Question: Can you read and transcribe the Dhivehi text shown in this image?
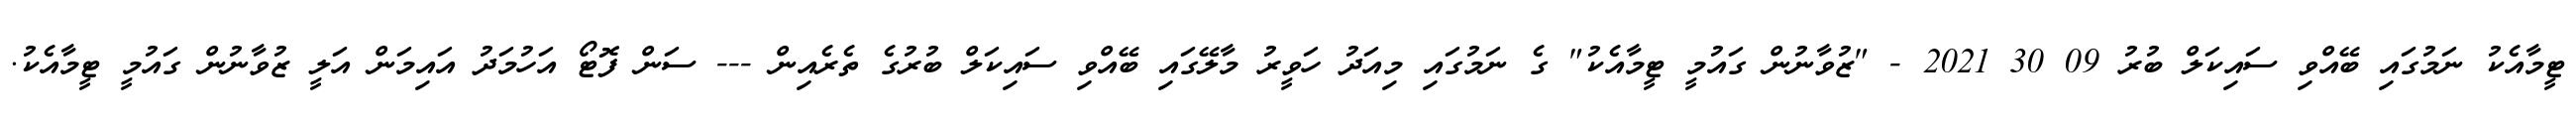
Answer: ޓީމާއެކު ނަމުގައި ބޭއްވި ސައިކަލް ބުރު 09 30 2021 - "ޒުވާނުން ގައުމީ ޓީމާއެކު" ގެ ނަމުގައި މިއަދު ހަވީރު މާލޭގައި ބޭއްވި ސައިކަލް ބުރުގެ ތެރެއިން --- ސަން ފޮޓޯ އަހުމަދު އައިމަން އަލީ ޒުވާނުން ގައުމީ ޓީމާއެކު.